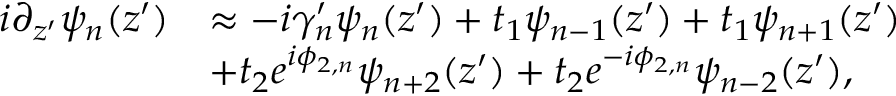
\begin{array} { r l } { i \partial _ { z ^ { \prime } } \psi _ { n } ( z ^ { \prime } ) } & { \approx - i \gamma _ { n } ^ { \prime } \psi _ { n } ( z ^ { \prime } ) + t _ { 1 } \psi _ { n - 1 } ( z ^ { \prime } ) + t _ { 1 } \psi _ { n + 1 } ( z ^ { \prime } ) } \\ & { + t _ { 2 } e ^ { i \phi _ { 2 , n } } \psi _ { n + 2 } ( z ^ { \prime } ) + t _ { 2 } e ^ { - i \phi _ { 2 , n } } \psi _ { n - 2 } ( z ^ { \prime } ) , } \end{array}